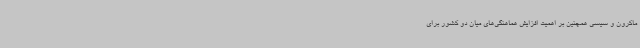
ماکرون و سیسی همچنین بر اهمیت افزایش هماهنگی‌های میان دو کشور برای